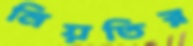
নিয়তির